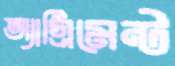
অ্যাগ্রিমেন্ট